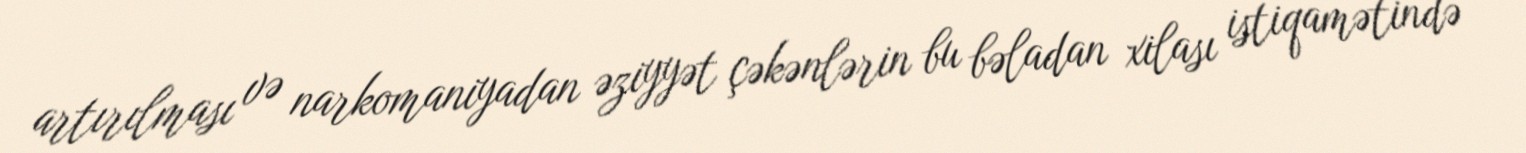
artırılması və narkomaniyadan əziyyət çəkənlərin bu bəladan xilası istiqamətində